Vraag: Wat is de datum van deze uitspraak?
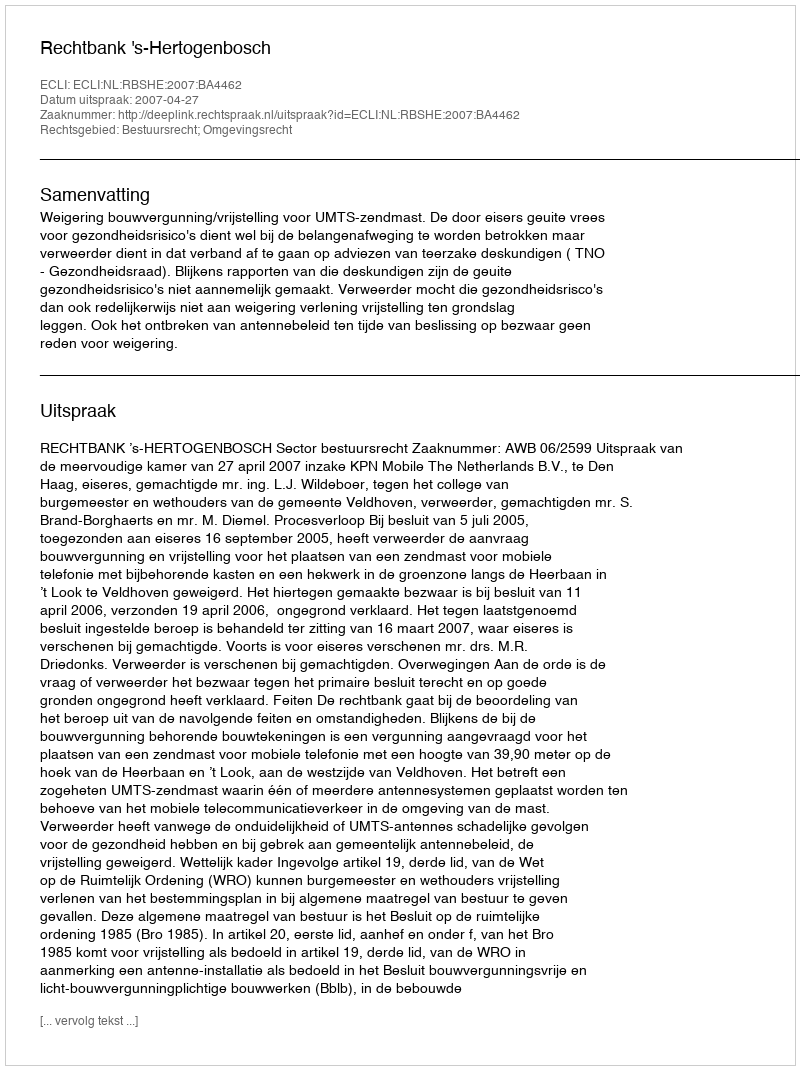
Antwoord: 2007-04-27